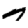
Digit: 7